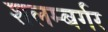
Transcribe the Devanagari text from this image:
शलम्बर्गर